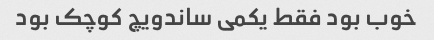
خوب بود فقط یکمی ساندویچ کوچک بود